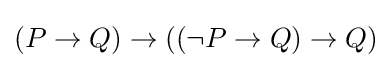
(P\to Q)\to ((\lnot P\to Q)\to Q)